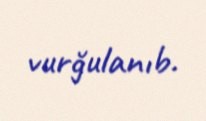
vurğulanıb.